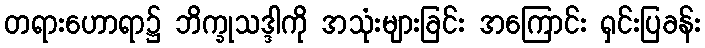
တရားဟောရာ၌ ဘိက္ခုသဒ္ဒါကို အသုံးများခြင်း အကြောင်း ရှင်းပြခန်း